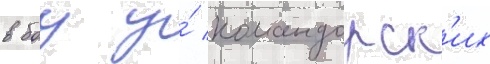
в боу у́ командорск'их